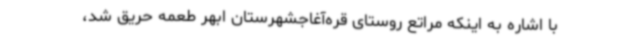
با اشاره به اینکه مراتع روستای قره‌آغاجشهرستان ابهر طعمه حریق شد،